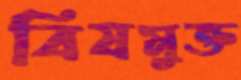
বিষমুক্ত